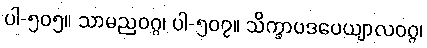
ပါ-၅၀၅။ သာမညဝဂ္ဂ၊ ပါ-၅၀၇။ သိက္ခာပဒပေယျာလဝဂ္ဂ၊